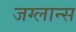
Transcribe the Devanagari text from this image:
जग्लान्स